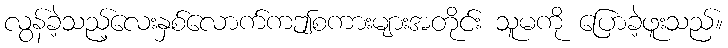
လွန်ခဲ့သည့်လေးနှစ်လောက်ကဤစကားများအတိုင်း သူမကို ပြောခဲ့ဖူးသည်။